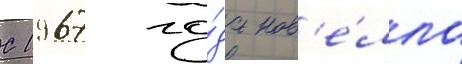
С 1967 го́да нов'е́лла